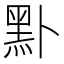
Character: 𪐙